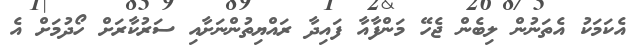
އެކަމަކު އެތަނުން ލިބެން ޖެހޭ މަންފާއާ ފައިދާ ރައްޔިތުންނަށާއި ސަރުކާރަށް ހޯދުމަށް އެ